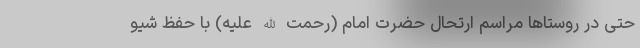
حتی در روستاها مراسم ارتحال حضرت امام (رحمت الله علیه) با حفظ شیو